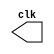
module clock ( output clk ); 
    reg clk; 
 
 initial   
    begin    
        clk = 1'b0;   
    end 
 
 always   
    begin    
        #6 clk = ~clk;//Altercacao pulso clock 8 unidades de tempo
    end 
 
endmodule